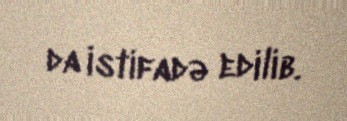
da istifadə edilib.